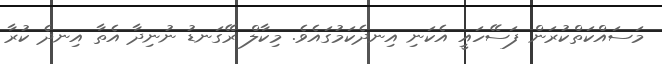
މަސައްކަތްކުރަން ފަސޭހައީ އެކަނި އިނދެކަމުގައެވެ. މިކާލް ރޭގަނޑު ނުނިދާ އެތާ އިނދެ ކުރާ